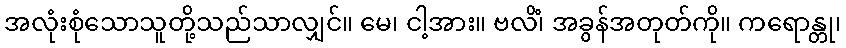
အလုံးစုံသောသူတို့သည်သာလျှင်။ မေ၊ ငါ့အား။ ဗလိံ၊ အခွန်အတုတ်ကို။ ကရောန္တု၊